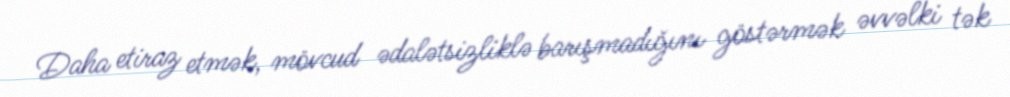
Daha etiraz etmək, mövcud ədalətsizliklə barışmadığını göstərmək əvvəlki tək